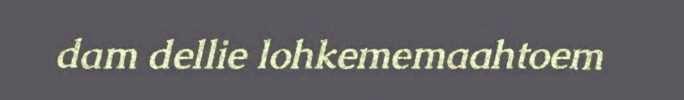
dam dellie lohkememaahtoem